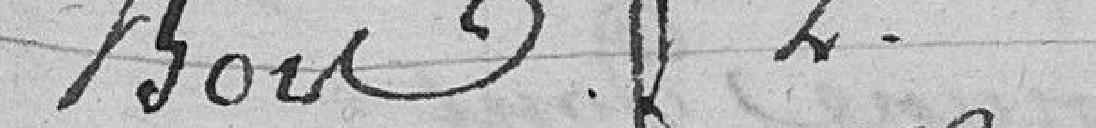
Bois 2e